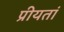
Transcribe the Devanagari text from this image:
प्रीयतां